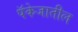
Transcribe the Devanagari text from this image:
पॅकेजातील